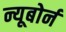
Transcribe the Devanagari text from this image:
न्यूबोर्न